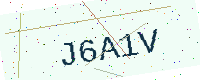
Text: J6A1V